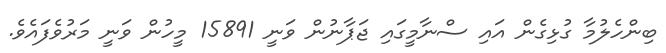
ބިންހެލުމާ ގުޅިގެން އައި ސްނާމީގައި ޖަޕާނުން ވަނީ 15891 މީހުން ވަނީ މަރުވެފައެވެ.